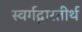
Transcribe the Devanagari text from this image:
स्वर्गद्वारतीर्थ